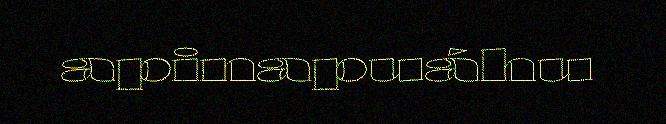
apinapuáhu